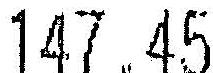
147.45